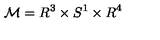
{ \cal M } = R ^ { 3 } \times S ^ { 1 } \times R ^ { 4 }